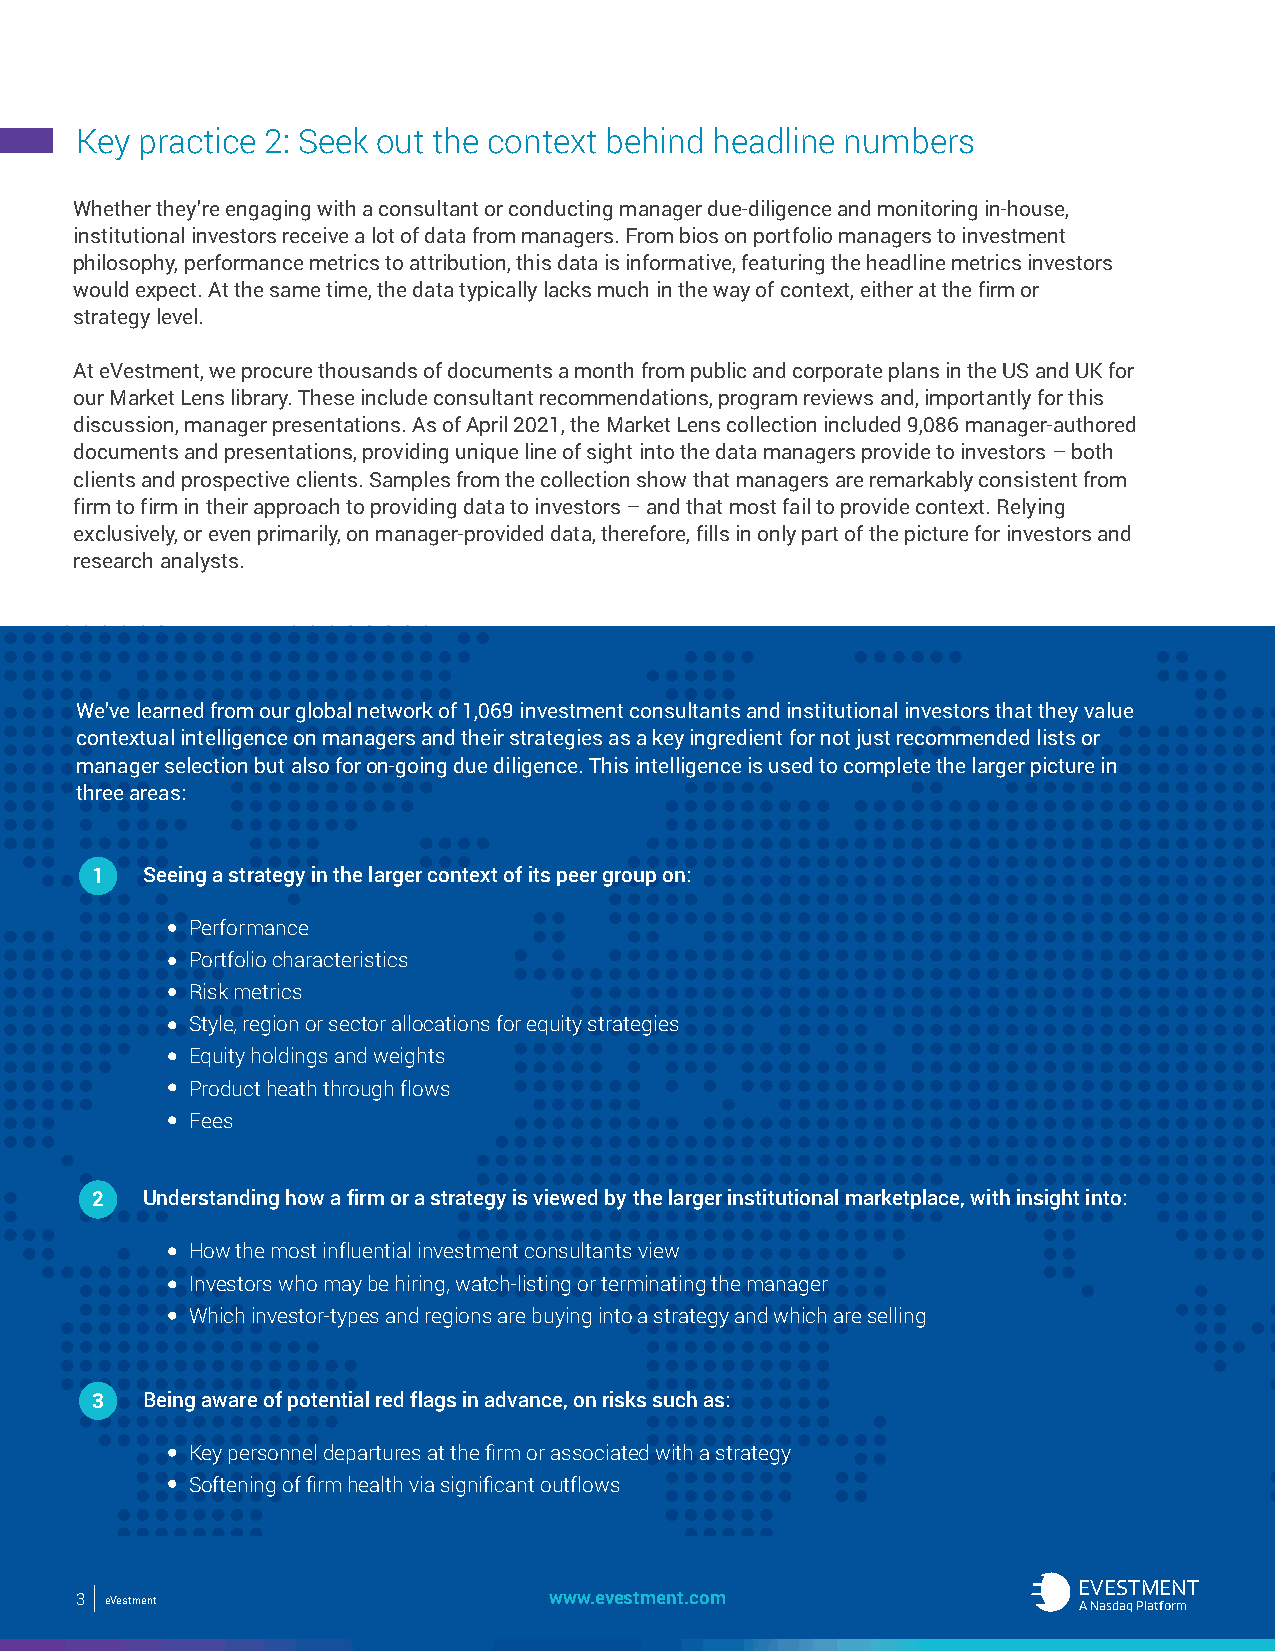
Key practice 2: Seek out the context behind headline numbers
 Whether they’re engaging with a consultant or conducting manager due-diligence and monitoring in-house,
 institutional investors receive a lot of data from managers. From bios on portfolio managers to investment
 philosophy, performance metrics to attribution, this data is informative, featuring the headline metrics investors
 would expect. At the same time, the data typically lacks much in the way of context, either at the firm or
 strategy level.
 At eVestment, we procure thousands of documents a month from public and corporate plans in the US and UK for
 our Market Lens library. These include consultant recommendations, program reviews and, importantly for this
 discussion, manager presentations. As of April 2021, the Market Lens collection included 9,086 manager-authored
 documents and presentations, providing unique line of sight into the data managers provide to investors – both
 clients and prospective clients. Samples from the collection show that managers are remarkably consistent from
 firm to firm in their approach to providing data to investors – and that most fail to provide context. Relying
 exclusively, or even primarily, on manager-provided data, therefore, fills in only part of the picture for investors and
 research analysts.
 We’ve learned from our global network of 1,069 investment consultants and institutional investors that they value
 contextual intelligence on managers and their strategies as a key ingredient for not just recommended lists or
 manager selection but also for on-going due diligence. This intelligence is used to complete the larger picture in
 three areas:
 1  Seeing a strategy in the larger context of its peer group on:
 Performance
 Portfolio characteristics
 Risk metrics
 Style, region or sector allocations for equity strategies
 Equity holdings and weights
 Product heath through flows
 Fees
 2  Understanding how a firm or a strategy is viewed by the larger institutional marketplace, with insight into:
 How the most influential investment consultants view
 Investors who may be hiring, watch-listing or terminating the manager
 Which investor-types and regions are buying into a strategy and which are selling
 3  Being aware of potential red flags in advance, on risks such as:
 Key personnel departures at the firm or associated with a strategy
 Softening of firm health via significant outflows
 EEVVEESSTTMMEENNTT
 43 eeVVeessttmmeenntt Investor Essentials wwwwww..eevveessttmmeenntt..ccoomm AA NNaassddaaqq CPolamtfpoarnmy